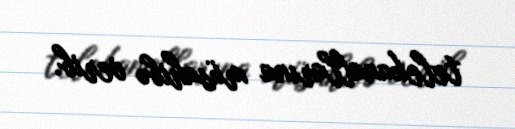
telekanallarına müsahibə verib.